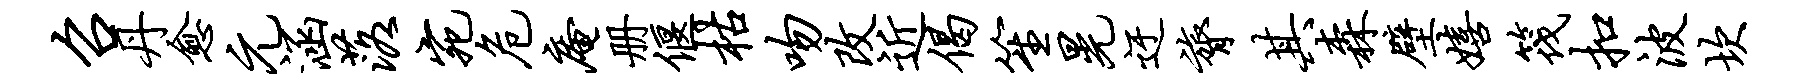
召丹愈元涵落宛危庵册偃枯吻改近偈笙晃迂膂其森壁嬉筏扣波坎